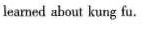
leamed about kung fu.